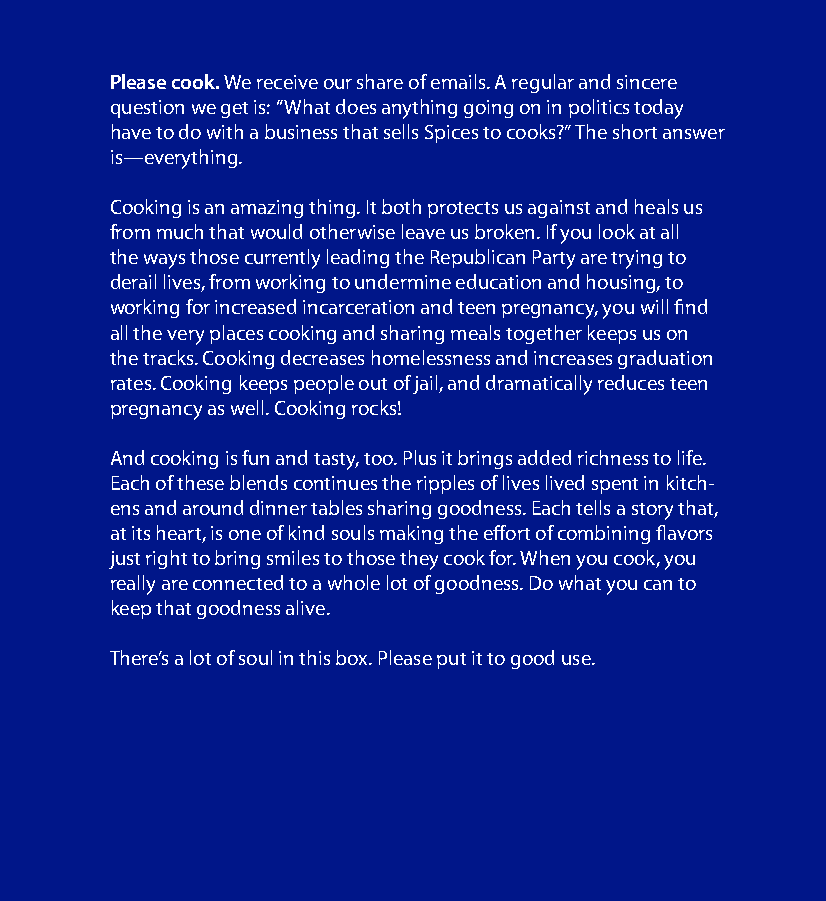
Please cook. We receive our share of emails. A regular and sincere
 question we get is: “What does anything going on in politics today
 have to do with a business that sells Spices to cooks?” The short answer
 is—everything.
 Cooking is an amazing thing. It both protects us against and heals us
 from much that would otherwise leave us broken. If you look at all
 the ways those currently leading the Republican Party are trying to
 derail lives, from working to undermine education and housing, to
 working for increased incarceration and teen pregnancy, you will find
 all the very places cooking and sharing meals together keeps us on
 the tracks. Cooking decreases homelessness and increases graduation
 rates. Cooking keeps people out of jail, and dramatically reduces teen
 pregnancy as well. Cooking rocks!
 And cooking is fun and tasty, too. Plus it brings added richness to life.
 Each of these blends continues the ripples of lives lived spent in kitch-
 ens and around dinner tables sharing goodness. Each tells a story that,
 at its heart, is one of kind souls making the effort of combining flavors
 just right to bring smiles to those they cook for. When you cook, you
 really are connected to a whole lot of goodness. Do what you can to
 keep that goodness alive.
 There’s a lot of soul in this box. Please put it to good use.